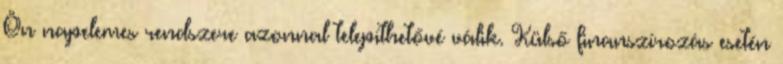
Ön napelemes rendszere azonnal telepíthetővé válik. Külső finanszírozás esetén